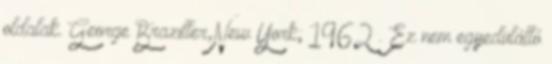
oldalak. George Braziller,New York; 1962 . Ez nem egyedülálló